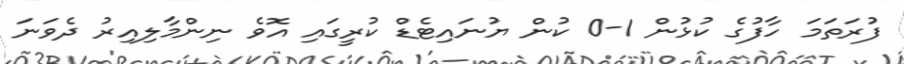
ފުރަތަމަ ހާފުގެ ކުޅުން 1-0 ކުން ޔުނައިޓެޑް ކުރީގައި އޮވެ ނިންމާލިއިރު ދެވަނަ